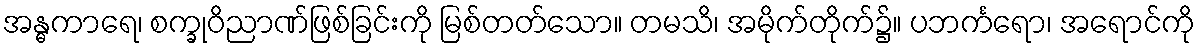
အန္ဓကာရေ၊ စက္ခုဝိညာဏ်ဖြစ်ခြင်းကို မြစ်တတ်သော။ တမသိ၊ အမိုက်တိုက်၌။ ပဘင်္ကရော၊ အရောင်ကို